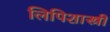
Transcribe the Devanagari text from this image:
लिपिशास्त्री